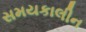
સમયકાલીન